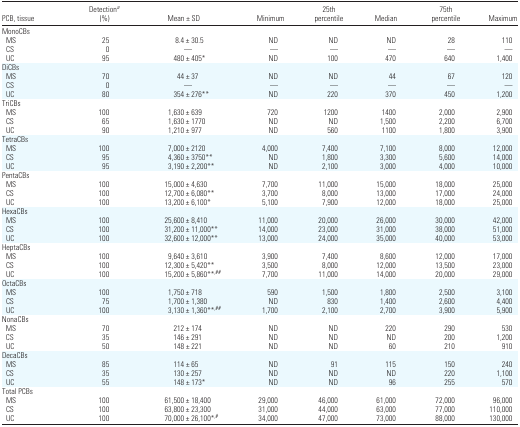
<table><thead><tr><td><b>PCB, tissue</b></td><td><b>Detection<i><sup>a</sup></i> (%)</b></td><td><b>Mean ± SD</b></td><td><b>Minimum</b></td><td><b>25th percentile</b></td><td><b>Median</b></td><td><b>75th percentile</b></td><td><b>Maximum</b></td></tr></thead><tbody><tr><td colspan="8">MonoCBs</td></tr><tr><td> MS</td><td>25</td><td>8.4 ± 30.5</td><td>ND</td><td>ND</td><td>ND</td><td>28</td><td>110</td></tr><tr><td> CS</td><td>0</td><td>—</td><td>—</td><td>—</td><td>—</td><td>—</td><td>—</td></tr><tr><td> UC</td><td>95</td><td>480 ± 405*</td><td>ND</td><td>100</td><td>470</td><td>640</td><td>1,400</td></tr><tr><td colspan="8">DiCBs</td></tr><tr><td> MS</td><td>70</td><td>44 ± 37</td><td>ND</td><td>ND</td><td>44</td><td>67</td><td>120</td></tr><tr><td> CS</td><td>0</td><td>—</td><td>—</td><td>—</td><td>—</td><td>—</td><td>—</td></tr><tr><td> UC</td><td>80</td><td>354 ± 276**</td><td>ND</td><td>220</td><td>370</td><td>450</td><td>1,200</td></tr><tr><td colspan="8">TriCBs</td></tr><tr><td> MS</td><td>100</td><td>1,630 ± 639</td><td>720</td><td>1200</td><td>1400</td><td>2,000</td><td>2,900</td></tr><tr><td> CS</td><td>65</td><td>1,630 ± 1770</td><td>ND</td><td>ND</td><td>1,500</td><td>2,200</td><td>6,700</td></tr><tr><td> UC</td><td>90</td><td>1,210 ± 977</td><td>ND</td><td>560</td><td>1100</td><td>1,800</td><td>3,900</td></tr><tr><td colspan="8">TetraCBs</td></tr><tr><td> MS</td><td>100</td><td>7,000 ± 2120</td><td>4,000</td><td>7,400</td><td>7,100</td><td>8,000</td><td>12,000</td></tr><tr><td> CS</td><td>95</td><td>4,360 ± 3750**</td><td>ND</td><td>1,800</td><td>3,300</td><td>5,600</td><td>14,000</td></tr><tr><td> UC</td><td>95</td><td>3,190 ± 2,200**</td><td>ND</td><td>2,100</td><td>3,000</td><td>4,000</td><td>10,000</td></tr><tr><td colspan="8">PentaCBs</td></tr><tr><td> MS</td><td>100</td><td>15,000 ± 4,630</td><td>7,700</td><td>11,000</td><td>15,000</td><td>18,000</td><td>25,000</td></tr><tr><td> CS</td><td>100</td><td>12,700 ± 6,080**</td><td>3,700</td><td>8,000</td><td>13,000</td><td>17,000</td><td>24,000</td></tr><tr><td> UC</td><td>100</td><td>13,200 ± 6,100*</td><td>5,100</td><td>7,900</td><td>12,000</td><td>18,000</td><td>25,000</td></tr><tr><td colspan="8">HexaCBs</td></tr><tr><td> MS</td><td>100</td><td>25,600 ± 8,410</td><td>11,000</td><td>20,000</td><td>26,000</td><td>30,000</td><td>42,000</td></tr><tr><td> CS</td><td>100</td><td>31,200 ± 11,000**</td><td>14,000</td><td>23,000</td><td>31,000</td><td>38,000</td><td>51,000</td></tr><tr><td> UC</td><td>100</td><td>32,600 ± 12,000**</td><td>13,000</td><td>24,000</td><td>35,000</td><td>40,000</td><td>53,000</td></tr><tr><td colspan="8">HeptaCBs</td></tr><tr><td> MS</td><td>100</td><td>9,640 ± 3,610</td><td>3,900</td><td>7,400</td><td>8,600</td><td>12,000</td><td>17,000</td></tr><tr><td> CS</td><td>100</td><td>12,300 ± 5,420**</td><td>3,500</td><td>8,000</td><td>12,000</td><td>13,500</td><td>23,000</td></tr><tr><td> UC</td><td>100</td><td>15,200 ± 5,860**<sup>,</sup><i><sup>##</sup></i></td><td>7,700</td><td>11,000</td><td>14,000</td><td>20,000</td><td>29,000</td></tr><tr><td colspan="8">OctaCBs</td></tr><tr><td> MS</td><td>100</td><td>1,750 ± 718</td><td>590</td><td>1,500</td><td>1,800</td><td>2,500</td><td>3,100</td></tr><tr><td> CS</td><td>75</td><td>1,700 ± 1,380</td><td>ND</td><td>830</td><td>1,400</td><td>2,600</td><td>4,400</td></tr><tr><td> UC</td><td>100</td><td>3,130 ± 1,360**<sup>,</sup><i><sup>##</sup></i></td><td>1,700</td><td>2,100</td><td>2,700</td><td>3,900</td><td>5,900</td></tr><tr><td colspan="8">NonaCBs</td></tr><tr><td> MS</td><td>70</td><td>212 ± 174</td><td>ND</td><td>ND</td><td>220</td><td>290</td><td>530</td></tr><tr><td> CS</td><td>35</td><td>146 ± 291</td><td>ND</td><td>ND</td><td>ND</td><td>200</td><td>1,200</td></tr><tr><td> UC</td><td>50</td><td>148 ± 221</td><td>ND</td><td>ND</td><td>60</td><td>210</td><td>910</td></tr><tr><td colspan="8">DecaCBs</td></tr><tr><td> MS</td><td>85</td><td>114 ± 65</td><td>ND</td><td>91</td><td>115</td><td>150</td><td>240</td></tr><tr><td> CS</td><td>35</td><td>130 ± 257</td><td>ND</td><td>ND</td><td>ND</td><td>220</td><td>1,100</td></tr><tr><td> UC</td><td>55</td><td>148 ± 173*</td><td>ND</td><td>ND</td><td>96</td><td>255</td><td>570</td></tr><tr><td colspan="8">Total PCBs</td></tr><tr><td> MS</td><td>100</td><td>61,500 ± 18,400</td><td>29,000</td><td>46,000</td><td>61,000</td><td>72,000</td><td>96,000</td></tr><tr><td> CS</td><td>100</td><td>63,800 ± 23,300</td><td>31,000</td><td>44,000</td><td>63,000</td><td>77,000</td><td>110,000</td></tr><tr><td> UC</td><td>100</td><td>70,000 ± 26,100*<sup>,</sup><i><sup>#</sup></i></td><td>34,000</td><td>47,000</td><td>73,000</td><td>88,000</td><td>130,000</td></tr></tbody></table>